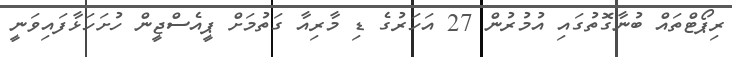
ރިޕޯޓްތައް ބުނާގޮތުގައި އުމުރުން 27 އަހަރުގެ ޑި މާރިއާ ގަތުމަށް ޕީއެސްޖީން ހުށަހަޅާފައިވަނީ